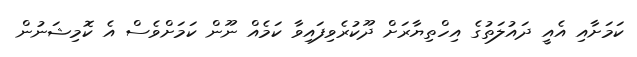
ކަމަށާއި އެއީ ދައުލަތުގެ އިހްތިޔާރަށް ދޫކުރެވިފައިވާ ކަމެއް ނޫން ކަމަށްވެސް އެ ކޮމިޝަނުން